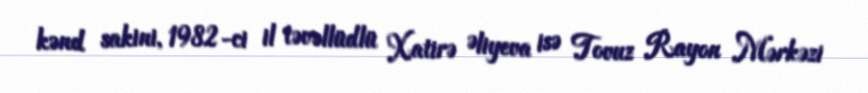
kənd sakini, 1982-ci il təvəllüdlü Xatirə Əliyeva isə Tovuz Rayon Mərkəzi